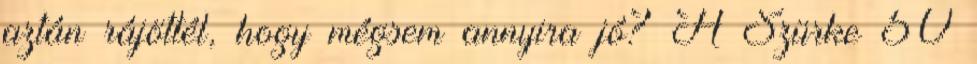
aztán rájöttél, hogy mégsem annyira jó? A Szürke 50